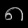
Digit: ၈